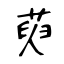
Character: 萸